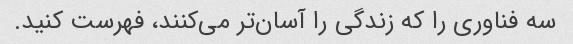
سه فناوری را که زندگی را آسان‌تر می‌کنند، فهرست کنید.